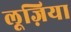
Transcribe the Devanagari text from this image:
लूज़िया